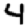
Digit: 4